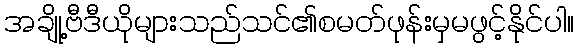
အချို့ဗီဒီယိုများသည်သင်၏စမတ်ဖုန်းမှမဖွင့်နိုင်ပါ။